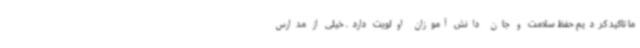
ما تاکید کردیم حفظ سلامت و جان دانش آموزان اولویت دارد. خیلی از مدارس